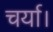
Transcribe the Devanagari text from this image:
चर्या।